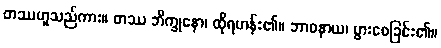
တဿဟူသည်ကား။ တဿ ဘိက္ခုနော၊ ထိုရဟန်း၏။ ဘာဝနာယ၊ ပွားစေခြင်း၏။